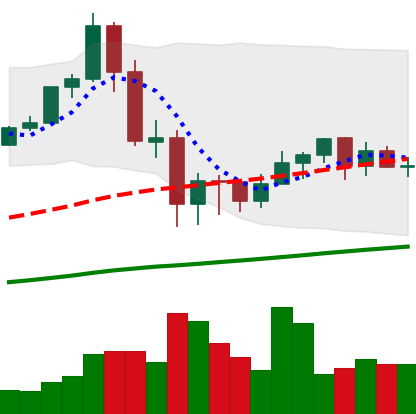
Ticker: ETH-USD
Chart end date: 2020-09-16
Forward return: -6.568%
Label: down_5_7